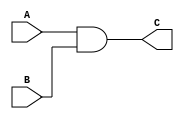
module andUnit(
    input [7:0] A,
    input [7:0] B,
    output reg [7:0] C
);

always @* begin
    C = A & B; // Bitwise AND operation
end

endmodule

module orUnit(
    input [7:0] A,
    input [7:0] B,
    output reg [7:0] C
);

always @* begin
    C = A | B; // Bitwise AND operation
end

endmodule